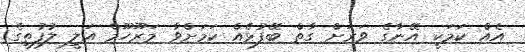
އެއް ކަމަކީ އޭނާގެ ވަރަށް ގާތް ބޭފުޅެއް ކަމަށްވާ މަރޫހޫމް އަލީ ލުފުތީގެ